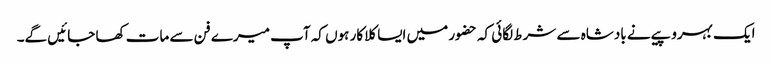
ایک بہروپیے نے بادشاہ سے شرط لگائی کہ حضور میں ایسا کلاکار ہوں کہ آپ میرے فن سے مات کھا جائیں گے۔